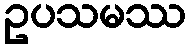
ဥပသမဿ